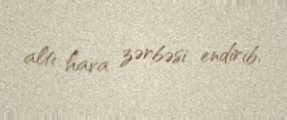
altı hava zərbəsi endirib.